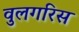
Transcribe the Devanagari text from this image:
वुलगरिस